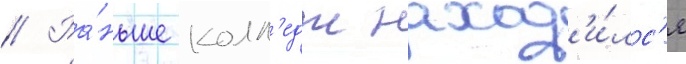
// Ра́ньше колл'едж наход'и́лс'я